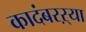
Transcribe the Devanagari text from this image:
कादंबरऱ्या